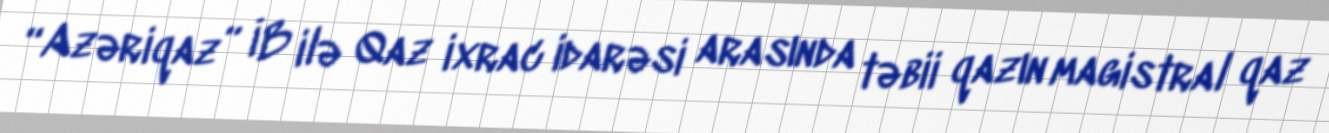
“Azəriqaz” İB ilə Qaz ixrac idarəsi arasında təbii qazın magistral qaz